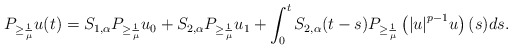
\begin{align*}{P_{ \ge \frac{1}{{{\mu}}}}}u(t) = {S_{1,\alpha }}{P_{ \ge \frac{1}{{{\mu}}}}}{u_0} + {S_{2,\alpha }}{P_{ \ge \frac{1}{{{\mu}}}}}{u_1} + \int_0^t {{S_{2,\alpha }}} (t - s){P_{ \ge \frac{1}{{{\mu}}}}}\left( {{{\left| u \right|}^{p - 1}}u} \right)(s)ds.\end{align*}